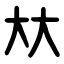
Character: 夶